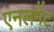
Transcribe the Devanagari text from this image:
एनलमेंट